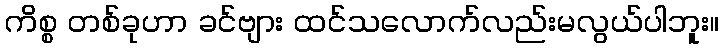
ကိစ္စ တစ်ခုဟာ ခင်ဗျား ထင်သလောက်လည်းမလွယ်ပါဘူး။